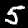
Digit: 5